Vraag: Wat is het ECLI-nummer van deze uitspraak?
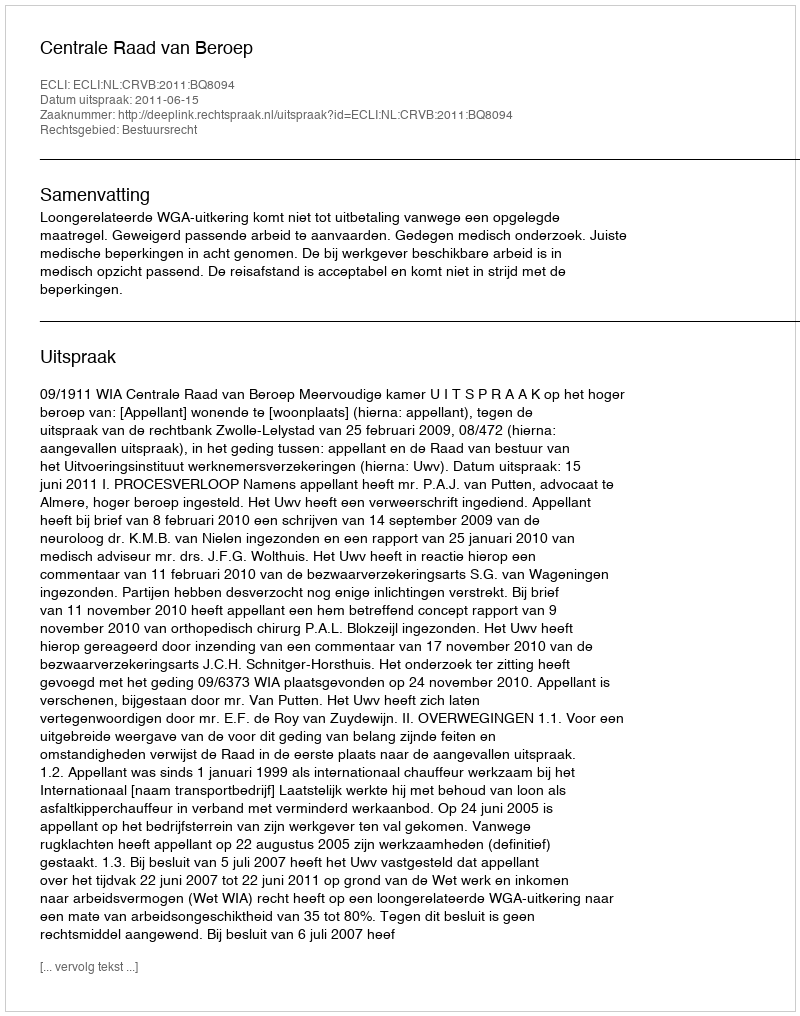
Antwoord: ECLI:NL:CRVB:2011:BQ8094